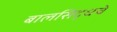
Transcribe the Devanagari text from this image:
बालसिद्धचे